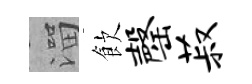
溜飲罄菽